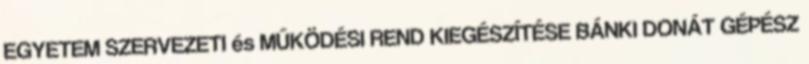
EGYETEM SZERVEZETI és MŰKÖDÉSI REND KIEGÉSZÍTÉSE BÁNKI DONÁT GÉPÉSZ